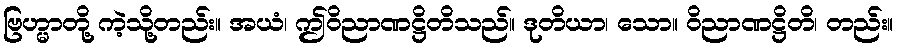
ဗြဟ္မာတို့ ကဲ့သို့တည်း။ အယံ၊ ဤဝိညာဏဋ္ဌိတိသည်။ ဒုတိယာ၊ သော။ ဝိညာဏဋ္ဌိတိ၊ တည်း။